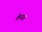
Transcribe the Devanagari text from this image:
केन्सर